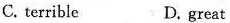
C. terrible D. great